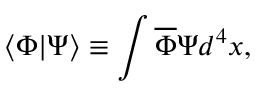
\langle \Phi | \Psi \rangle \equiv \int \overline { { { \Phi } } } \Psi d ^ { 4 } x ,